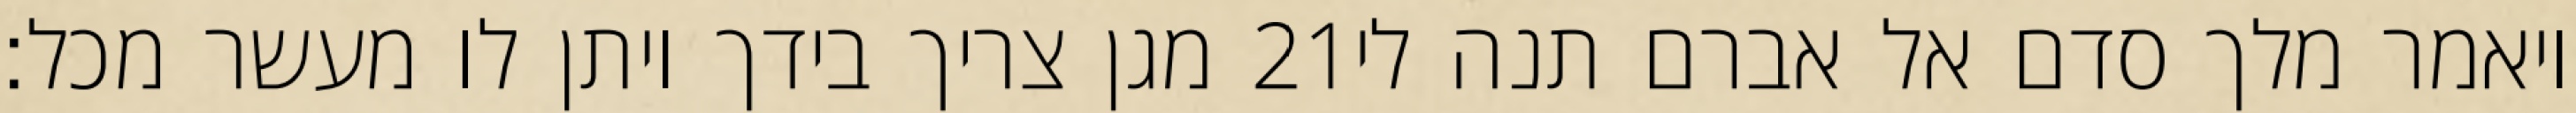
מגן צריך בידך ויתן לו מעשר מכל׃ ‎21‏ ויאמר מלך סדם אל אברם תנה לי